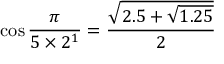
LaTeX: \cos { \frac { \pi } { 5 \times 2 ^ { 1 } } } = { \frac { \sqrt { 2 . 5 + { \sqrt { 1 . 2 5 } } } } { 2 } }